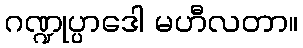
ဂဏ္ဍုပ္ပာဒေါ မဟီလတာ။